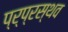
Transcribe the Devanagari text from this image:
प्र्प्रस्थव